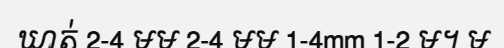
ឃាត់ 2-4 មម 2-4 មម 1-4mm 1-2 ម។ ម